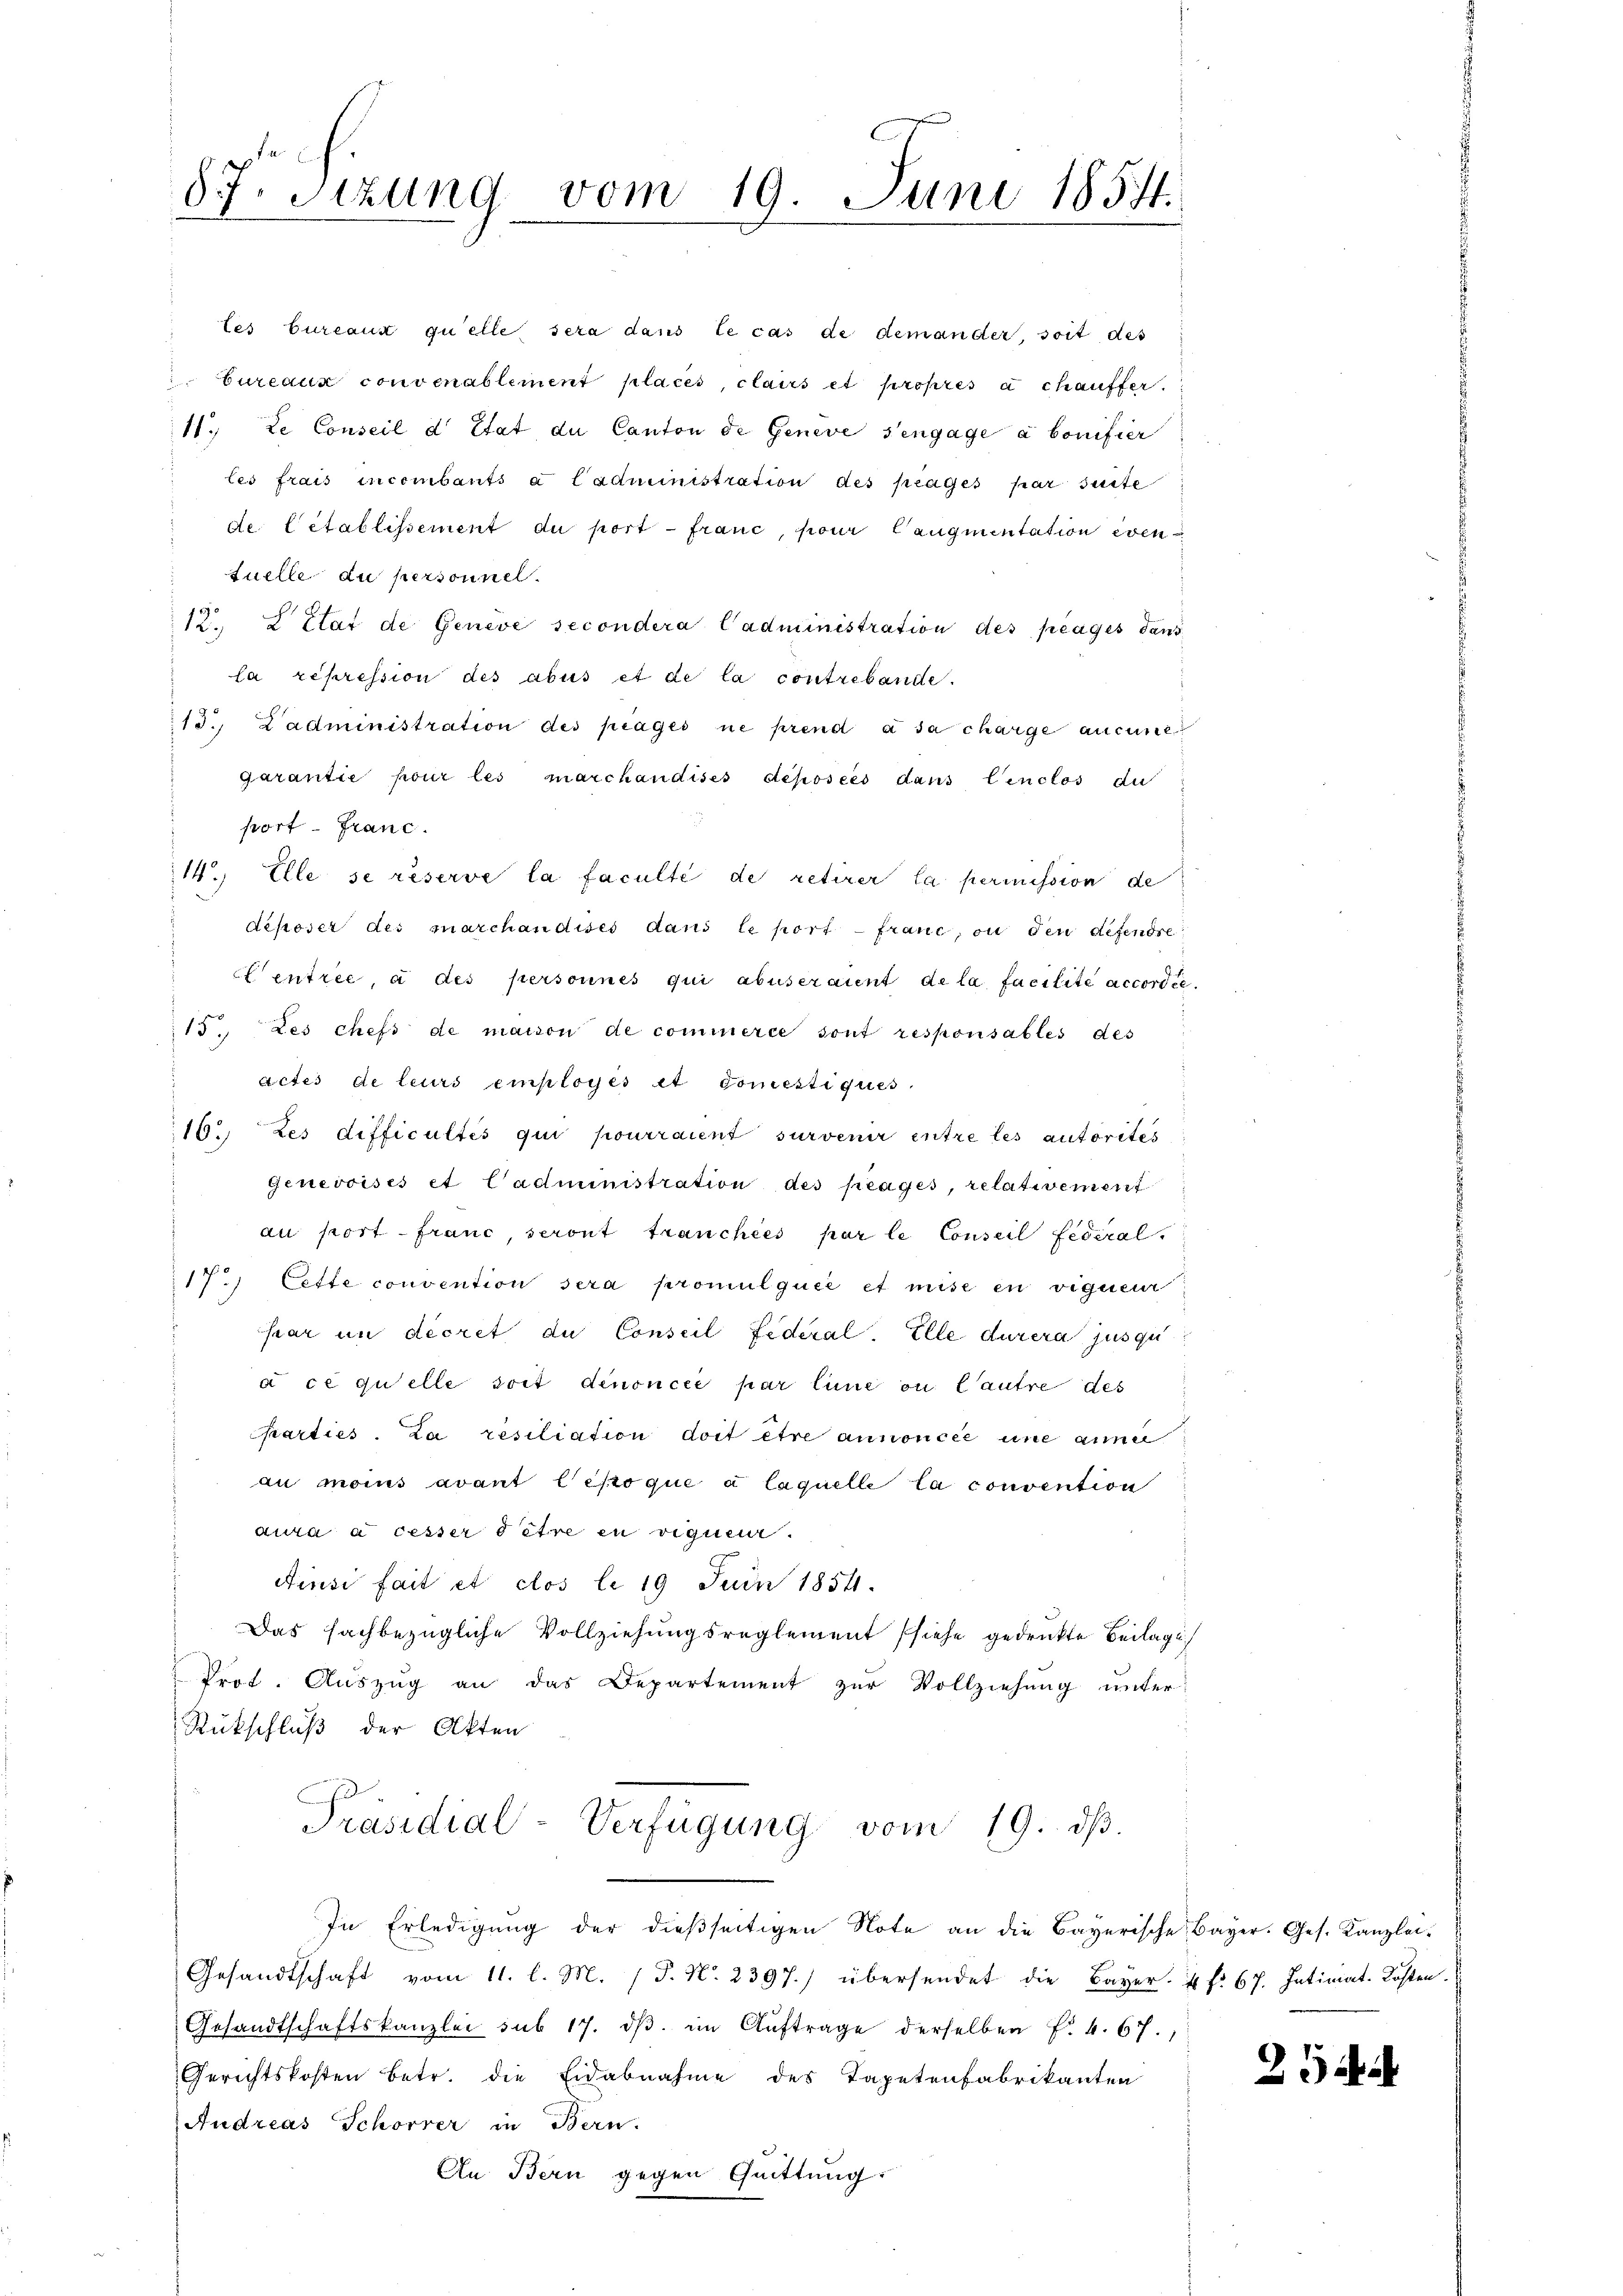
87. Sizung vom 19. Juni 1854.

les bureaux quelle sera dans le cas de demander, soit des
bureaux convenablement placés, clairs et propres à chauffer
11. Le Conseil d Etat du Canton de Geneve s’engage a bonifier
les frais incombants à Cadministration des prages par seite
de. Cetablissement du port - franc, pour Caugmentation eventuelle du personnel.
12. L Etat de Geneve secondera Cadministration des plages dans
la repression des abus et de la contrebande.
13. Ladministration des prages ne prend à sa charge aucune
Garantie pour les marchaudises déposées dans Canclos du
port. Franc
14. Elle se réserve la faculté de retirer la permission de
deposer des marchandises dans le port - franc, ou den defendre
Centrée, à des personnes qui abuseraint de la facilité accordée.
15. Les chefs de maison de commerce sont responsables des
actes de leurs employés et domestiques
16. Les difficultés qui pourraient survenir entre les autorites
Genevoisés et Cadministration des peages, relativement
an port franc, seront tranchées par le Conseil fédéral.
173
Cette convention sera promulquée et mise en vigueur
sar in decret du Conseil Federal-Elle durera jusqu
à ce quelle soit denoncée par line ou l’autre des
parties. La resiliation doit être annoncée une anne
au moins avant l’époque à laquelle la convention
aura a cesser o être in vigueer.
Ainsi fait et clos le 19 Juin 1854.
Das fachbezügliche Vollziehungsreglement (siehe gedruckte Beilage
Prot. Auszug an das Departement zur Vollziehung unter
Rückschluß der Akten
Präsidial-Verfügung vom 19. dβ.
In Erledigŭng der dieβseitigen Note an die Bayerische Bayer. Ges. Kanzlei-
Gesandtschaft vom 11. l. M. / P. Nr. 2397.) übersendet die Bayer. 4 f. 67. Intimat. Kosten.
Gesandtschaftskanzlei sub 17. dβ im Auftrage derselben Fr. 4. 67.
Gerichtskosten betr. die Eidabnahme des Tapetenfabrikanten
Andreas Schorrer in Bern.
An Bern gegen Quittung:

25.